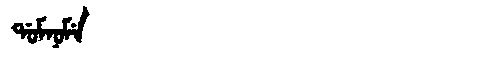
Manchu: ᡩᠣᠮᠨᠣᠮᡝ
Romanization: DOMNOME